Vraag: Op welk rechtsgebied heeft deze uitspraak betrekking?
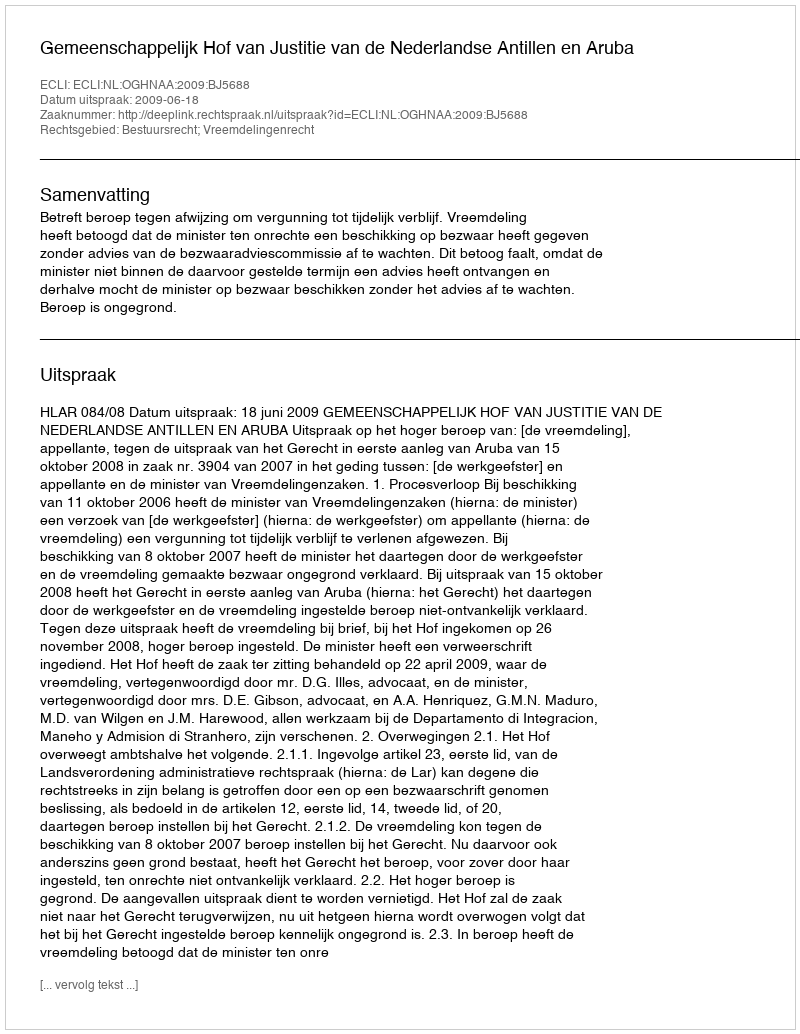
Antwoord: Bestuursrecht; Vreemdelingenrecht